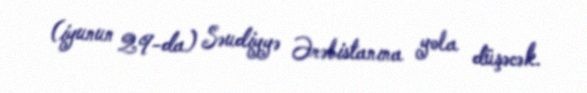
(iyunun 29-da) Səudiyyə Ərəbistanına yola düşəcək.